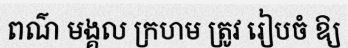
ពណ៌ មង្គល ក្រហម ត្រូវ រៀបចំ ឱ្យ